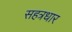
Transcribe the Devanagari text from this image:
सहत्रधार